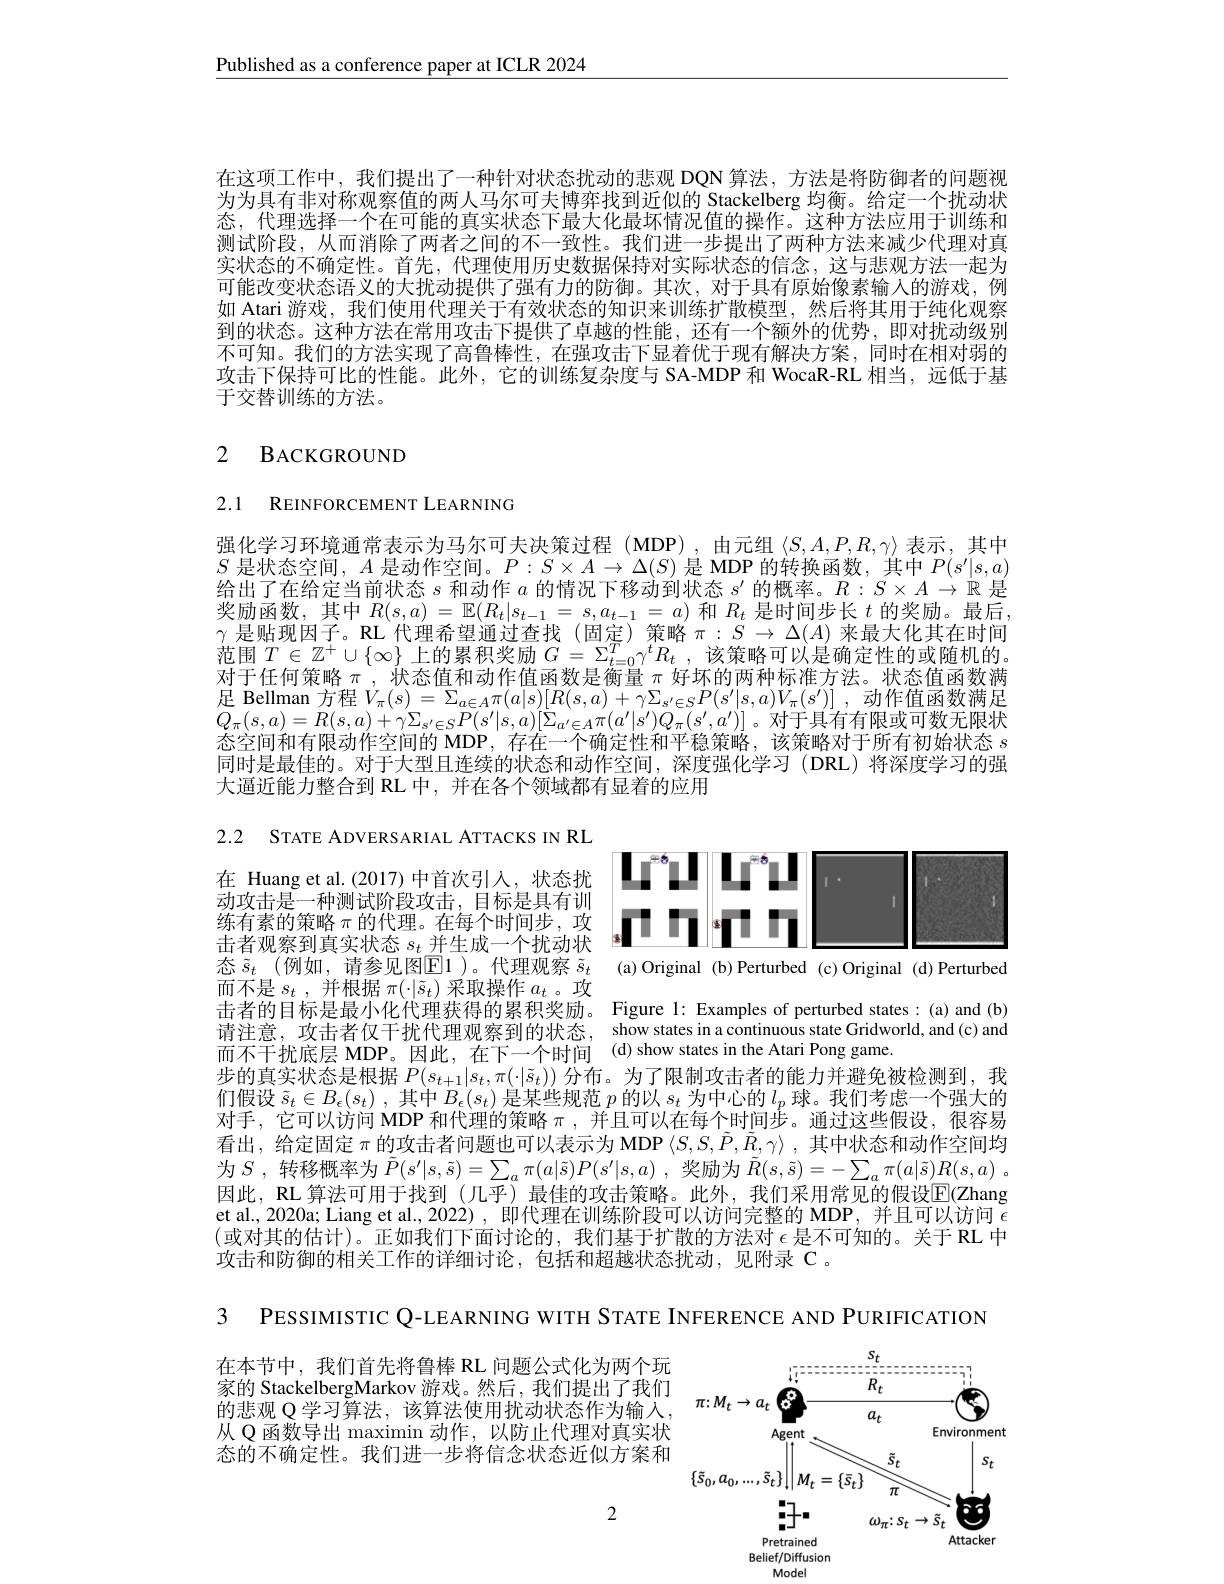
Published as a conference paper at ICLR 2024

在这项工作中，我们提出了一种针对状态扰动的悲观 DQN 算法，方法是将防御者的问题视为为具有非对称观察值的两人马尔可夫博弈找到近似的 Stackelberg 均衡。给定一个扰动状态，代理选择一个在可能的真实状态下最大化最坏情况值的操作。这种方法应用于训练和测试阶段，从而消除了两者之间的不一致性。我们进一步提出了两种方法来减少代理对真实状态的不确定性。首先，代理使用历史数据保持对实际状态的信念，这与悲观方法一起为可能改变状态语义的大扰动提供了强有力的防御。其次，对于具有原始像素输入的游戏，例如 Atari 游戏，我们使用代理关于有效状态的知识来训练扩散模型，然后将其用于纯化观察到的状态。这种方法在常用攻击下提供了卓越的性能，还有一个额外的优势，即对扰动级别不可知。我们的方法实现了高鲁棒性，在强攻击下显着优于现有解决方案，同时在相对弱的攻击下保持可比的性能。此外，它的训练复杂度与 SA-MDP 和 WocaR-RL 相当，远低于基于交替训练的方法。

# 2 BACKGROUND

2.1 REINFORCEMENT LEARNING

强化学习环境通常表示为马尔可夫决策过程 (MDP) ,由元组$\langle S,A,P,R,\gamma\rangle$表示 ,其中$S$是状态空间，$A$是动作空间。$P:S\times A\to\Delta(S)$是 MDP 的转换函数，其中$P(s^\prime|s,a)$ 给出了在给定当前状态$s$和动作$a$的情况下移动到状态$s^\prime$的概率。$R:S\times A\to\mathbb{R}$是奖励函数，其中$R(s,a)=\mathbb{E}(R_t|s_{t-1}=s,a_{t-1}=a)$和$R_t$是时间步长$t$的奖励。最后， $\gamma$ 是贴现因子。RL 代理希望通过查找(固定)策略$\pi:S\to\Delta(A)$ 来最大化其在时间范围$T\in\mathbb{Z}^+$
$\{\infty\}$上的累积奖励$G=\Sigma_t=0^T\gamma^tR_t$,该策略可以是确定性的或随机的
对于任何策略$\pi$,状态值和动作值函数是衡量 $\pi$ 好坏的两种标准方法。状态值函数满足 Bellman 方程$V_\pi ( s) = \sum _{a\in A}\pi ( a| s) [ R( s, a) + \gamma \Sigma _{s^{\prime }\in S}P( s^{\prime }| s, a) V_{\pi }( s^{\prime }) ]$ ,动作值函数满足$Q_{\pi}(s,a)=R(s,a)+\gamma\Sigma_{s^{\prime}\in S}P(s^{\prime}|s,a)[\Sigma_{a^{\prime}\in A}\pi(a^{\prime}|s^{\prime})Q_{\pi}(s^{\prime},a^{\prime})]$。对于具有有限或可数无限状态空间和有限动作空间的 MDP, 存在一个确定性和平稳策略，该策略对于所有初始状态$s$ 同时是最佳的。对于大型且连续的状态和动作空间，深度强化学习(DRL)将深度学习的强大逼近能力整合到 RL 中，并在各个领域都有显着的应用

2.2 STATE ADVERSARIAL ATTACKS IN RL

<FigureHere>
态$\tilde{s}_t$ (例如，请参见图$\overline{\mathrm{E}}$1 )。代理观察 $\tilde{s}_t$ (a)Original (b)Perturbed (c)Original (d)Perturbed

在 Huang et al.(2017)中首次引人，状态扰动攻击是一种测试阶段攻击，目标是具有训练有素的策略$\pi$的代理。在每个时间步，攻击者观察到真实状态$s_t$并生成一个扰动状而不是$s_t$ , 并根据$\pi(\cdot|\tilde{s}_t)$采取操作$a_t$ 。攻击者的目标是最小化代理获得的累积奖励。Figure 1: Examples of perturbed states:(a) and (b)
请注意，攻击者仅干扰代理观察到的状态，
而不干扰底层 MDP。因此，在下一个时间(d)show states in the Atari Pong game.
步的真实状态是根据$P(s_t+1|s_t,\pi(\cdot|\tilde{s}_t))$分布。为了限制攻击者的能力并避免被检测到，我

show states in a continuous state Gridworld, and (c) and

们假设$\tilde{s} _t\in B_\epsilon ( s_t)$ ,其中$B_\epsilon(s_t)$是某些规范$p$的以$s_t$为中心的$l_p$球。我们考虑一个强大的对手，它可以访问 MDP 和代理的策略$\pi$ ,并且可以在每个时间步。通过这些假设，很容易看出，给定固定$\pi$的攻击者问题也可以表示为 MDP $\langle S,S,\tilde{P},\tilde{R},\gamma\rangle$ ,其中状态和动作空间均为$S$ ,转移概率为 $\tilde{P}(s^\prime|s,\tilde{s})=\sum_a\pi(a|\tilde{s})P(s^{\prime}|s,a)$ ,奖励为 $\tilde{R}(s,\tilde{s})=-\sum_a\pi(a|\tilde{s})R(s,a)$ 。因此，RL 算法可用于找到 (几乎)最佳的攻击策略。此外，我们采用常见的假设$\mathbb{E}(\mathbb{Z}$hang et al., 2020a; Liang et al., 2022) , 即代理在训练阶段可以访问完整的 MDP, 并且可以访问$\epsilon$ (或对其的估计)。正如我们下面讨论的，我们基于扩散的方法对 $\epsilon$ 是不可知的。关于 RL 中攻击和防御的相关工作的详细讨论，包括和超越状态扰动，见附录 C 。

3 PESSIMISTIC Q-LEARNING WITH STATE INFERENCE AND PURIFICATION

在本节中，我们首先将鲁棒 RL 问题公式化为两个玩家的 StackelbergMarkov 游戏。然后，我们提出了我们的悲观 Q 学习算法，该算法使用扰动状态作为输入， 从 Q 函数导出 maximin 动作，以防止代理对真实状态的不确定性。我们进一步将信念状态近似方案和

<FigureHere>

2